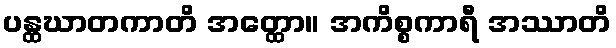
ပန္ထဃာတကာတိ အတ္ထော။ အကိစ္စကာရီ အဿာတိ